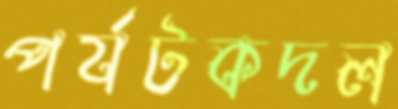
পর্যটকদল